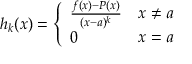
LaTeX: h _ { k } ( x ) = { \left\{ \begin{array} { l l } { { \frac { f ( x ) - P ( x ) } { ( x - a ) ^ { k } } } } & { x \not = a } \\ { 0 } & { x = a } \end{array} \right. }